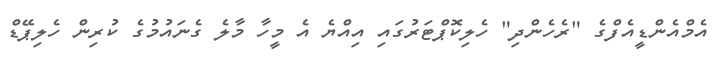
އެމްއެންޑީއެފްގެ "ރެހެންދި" ހެލިކޮޕްޓަރުގައި އިއްޔެ އެ މީހާ މާލެ ގެނައުމުގެ ކުރިން ހެލިޕޭޑް